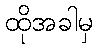
ထိုအခါမှ